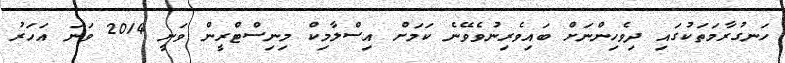
ހަނގުރާމަތަކުގައި ދިވެހިންނަށް ބައިވެރިނުވެވޭނެ ކަމަށް އިސްލާމިކް މިނިސްޓްރީން ވަނީ 2014 ވަނަ އަހަރު